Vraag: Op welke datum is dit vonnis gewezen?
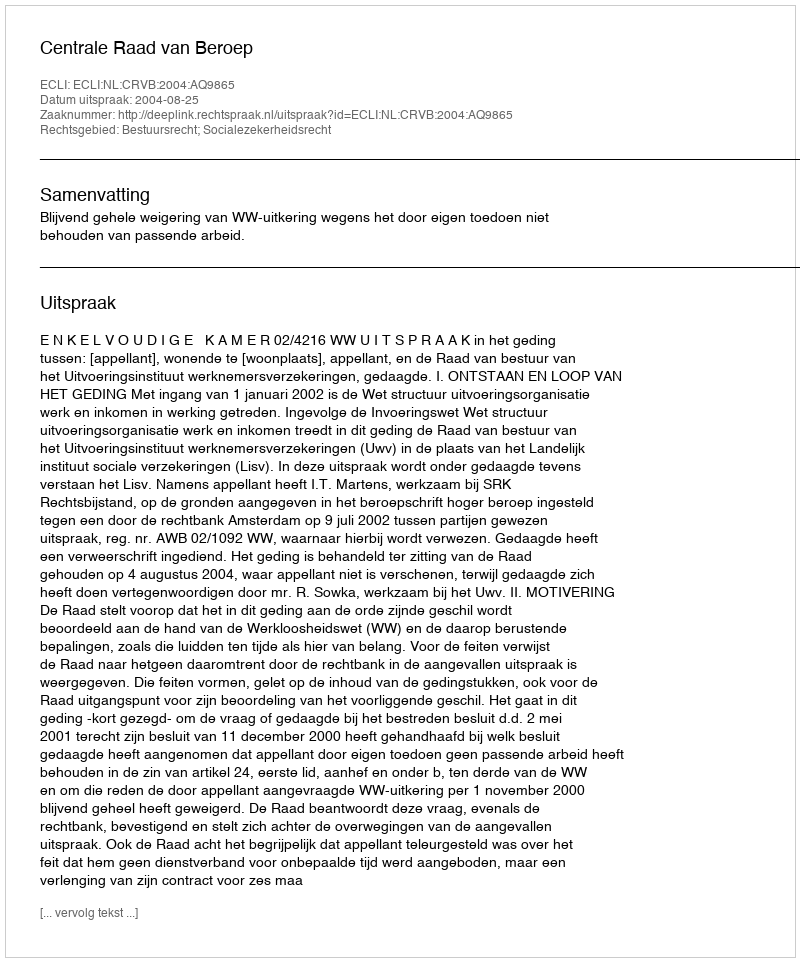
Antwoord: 2004-08-25